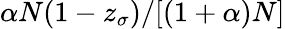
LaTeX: \alpha N(1-z_{\sigma})/[(1+\alpha)N]